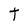
Character: T